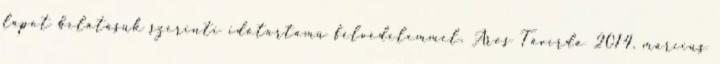
lapot belátásuk szerinti időtartamú félvédelemmel. Aros Távírda 2014. március